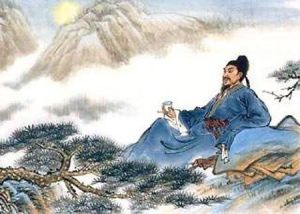
正西望长安，下见江水流。